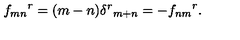
{ f _ { m n } } ^ { r } = ( m - n ) { \delta ^ { r } } _ { m + n } = - { f _ { n m } } ^ { r } .